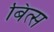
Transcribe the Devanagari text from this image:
बित्स